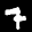
Label: 7